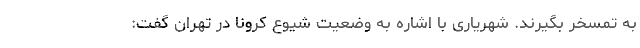
به تمسخر بگیرند. شهریاری با اشاره به وضعیت شیوع کرونا در تهران گفت: